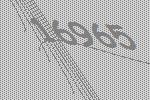
16965